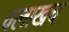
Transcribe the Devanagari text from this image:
चलाखच